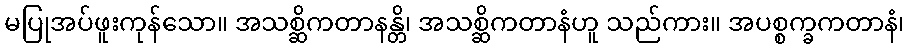
မပြုအပ်ဖူးကုန်သော။ အသစ္ဆိကတာနန္တိ၊ အသစ္ဆိကတာနံဟူ သည်ကား။ အပစ္စက္ခကတာနံ၊